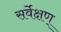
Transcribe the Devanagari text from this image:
सर्वेक्षण्